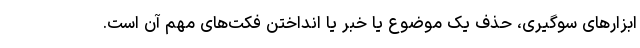
ابزارهای سوگیری، حذف یک موضوع یا خبر یا انداختن فکت‌های مهم آن است.